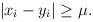
LaTeX: \begin{align*}|x_i-y_i|\geq \mu .\end{align*}